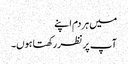
میں ہر دم اپنے
آپ پر نظر رکھتا ہوں۔